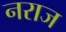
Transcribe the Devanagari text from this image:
नराज